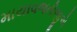
માયાવજતીજીએ